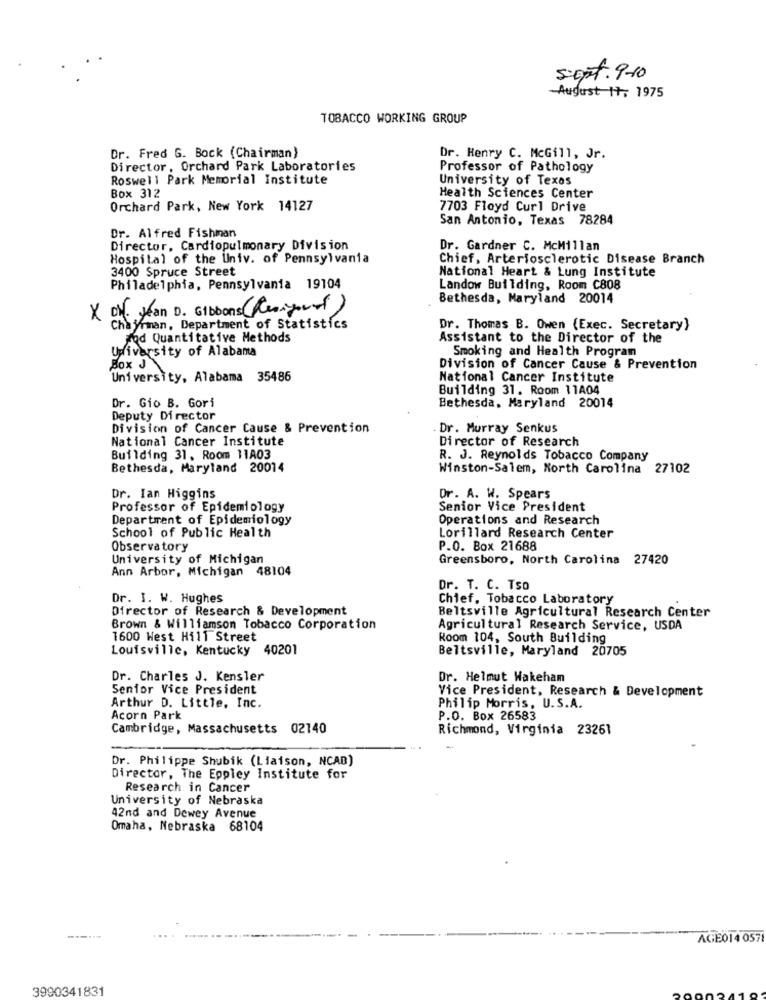
s:opt. 9-10
-August 17, 1975
TOBACCO WORKING GROUP
Dr. Fred G. Bock (Chairman)
Dr. Henry C. McGill, Jr.
Director, Orchard Park Laboratories
Professor of Pathology
Roswell Park Memorial Institute
University of Texas
Box 312
Health Sciences Center
Orchard Park, New York 14127
7703 Floyd Curl Drive
San Antonio, Texas 78284
Dr. Alfred Fishman
Director, Cardiopulmonary Division
Dr. Gardner C. McMillan
Hospital of the Univ. of Pennsylvania
Chief, Arteriosclerotic Disease Branch
3400 Spruce Street
National Heart & Lung Institute
Philadelphia, Pennsylvania 19104
Landow Building, Room C808
Bethesda, Maryland 20014
X Dr. Jean D. Gibbons (Resigned)
Chairman, Department of Statistics
Dr. Thomas B. Owen (Exec. Secretary)
Fod Quantitative Methods
Assistant to the Director of the
University of Alabama
Smoking and Health Program
Box J
Division of Cancer Cause & Prevention
University, Alabama 35486
National Cancer Institute
Building 31. Room 11A04
Dr. Gio B. Gori
Bethesda, Maryland 20014
Deputy Director
Division of Cancer Cause & Prevention
Dr. Murray Senkus
National Cancer Institute
Director of Research
Building 31, Room 11A03
R. J. Reynolds Tobacco Company
Bethesda, Maryland 20014
Winston-Salem, North Carolina 27102
Dr. Ian Higgins
Dr. A. W. Spears
Professor of Epidemiology
Senior Vice President
Department of Epidemiology
Operations and Research
School of Public Health
Lorillard Research Center
Observatory
P.O. Box 21688
University of Michigan
Greensboro, North Carolina 27420
Ann Arbor, Michigan 48104
Dr. T. C. Tso
Dr. I. W. Hughes
Chief, Tobacco Laboratory
Director of Research & Development
Beltsville Agricultural Research Center
Brown & Williamson Tobacco Corporation
Agricultural Research Service, USDA
1600 West Hill Street
Room 104, South Building
Louisville, Kentucky 40201
Beltsville, Maryland 20705
Dr. Charles J. Kensler
Dr. Helmut Hakeham
Senior Vice President
Vice President, Research & Development
Arthur D. Little, Inc.
Philip Morris, U.S.A.
Acorn Park
P.O. Box 26583
Cambridge, Massachusetts 02140
Richmond, Virginia 23261
Dr. Philippe Shubik (Liaison, NCAB)
Director, The Eppley Institute for
Research in Cancer
University of Nebraska
42nd and Dewey Avenue
Omaha, Nebraska 68104
AGE014 057
3990341831